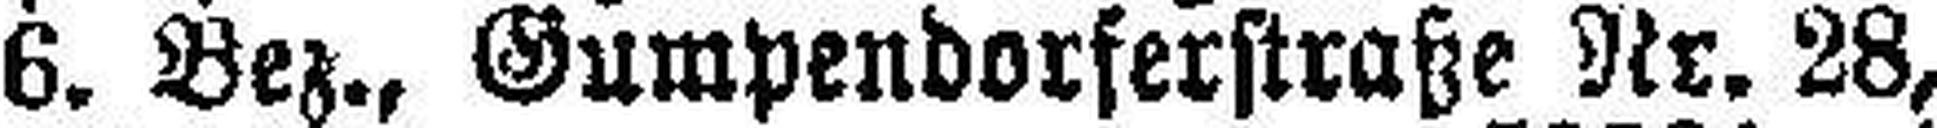
6. Bez., Gumpendorferstraße Nr. 28,